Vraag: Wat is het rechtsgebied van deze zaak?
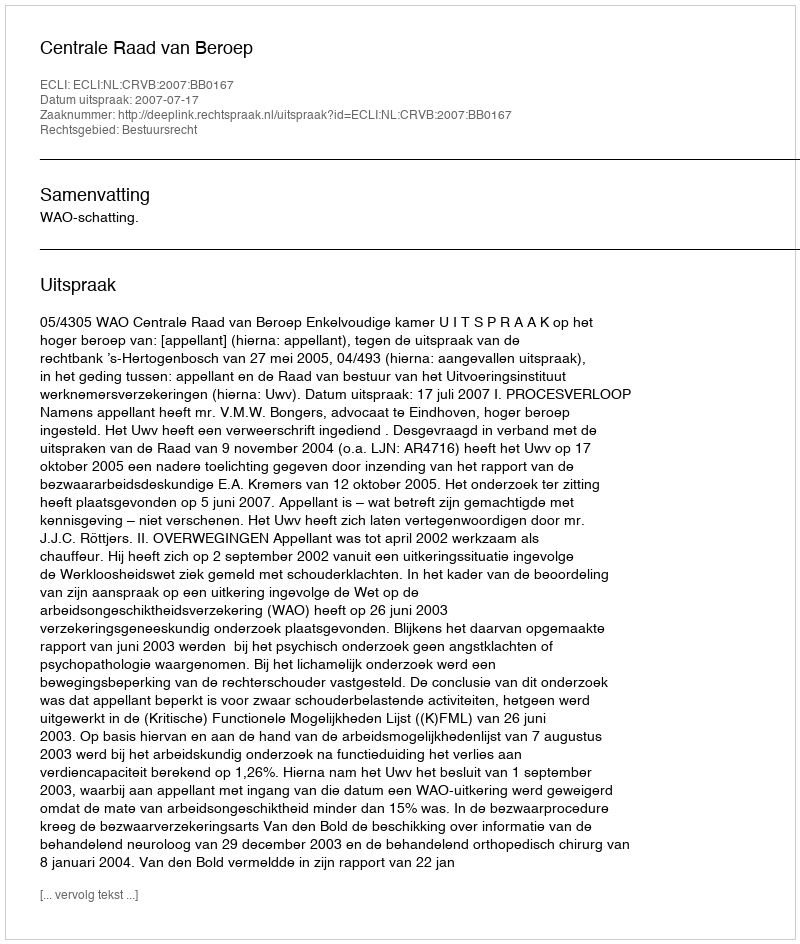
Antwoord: Bestuursrecht